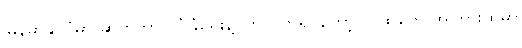
မြန်မာနိုင်ငံမှာ ဆိုက်ဘာ လုံခြုံရေးနဲ့ပတ်သက်ရင်တော့ လူထုတွေ အကြားထဲမှာ